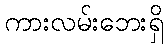
ကားလမ်းဘေးရှိ